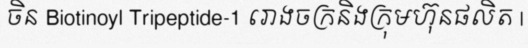
ចិន Biotinoyl Tripeptide-1 រោងចក្រនិងក្រុមហ៊ុនផលិត |